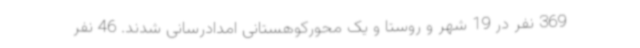
369 نفر در 19 شهر و روستا و یک محورکوهستانی امدادرسانی شدند. 46 نفر